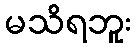
မသိရဘူး